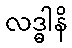
လဒ္ဓါနိ